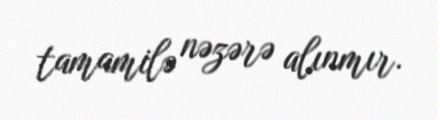
tamamilə nəzərə alınmır.